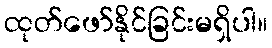
ထုတ်ဖော်နိုင်ခြင်းမရှိပါ။